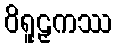
ဝိရူဠှကဿ